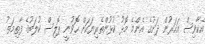
އެކާވިސް އަހަރުން ދަށުގެ އެންމެ މޮޅު ކުޅުންތެރިޔަކަށް ހޮވުނީ ޕޮލިސް ކުލަބުގެ ފާތިމަތު